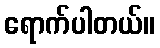
ရောက်ပါတယ်။